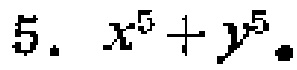
$5.\ x^{5}+y^{5}.$